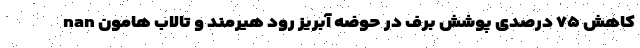
nan کاهش ۷۵ درصدی پوشش برف در حوضه آبریز رود هیرمند و تالاب هامون